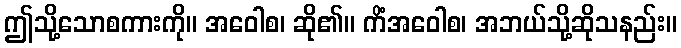
ဤသို့သောစကားကို။ အဝေါစ၊ ဆို၏။ ကိံအဝေါစ၊ အဘယ်သို့ဆိုသနည်း။